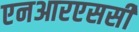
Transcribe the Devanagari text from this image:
एनआरएससी